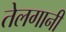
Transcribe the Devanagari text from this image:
तेलगानी